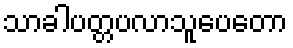
သာခါပတ္တပလာသူပေတော